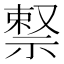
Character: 𬓊